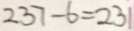
2 3 7 - 6 = 2 3 1